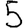
Digit: 5